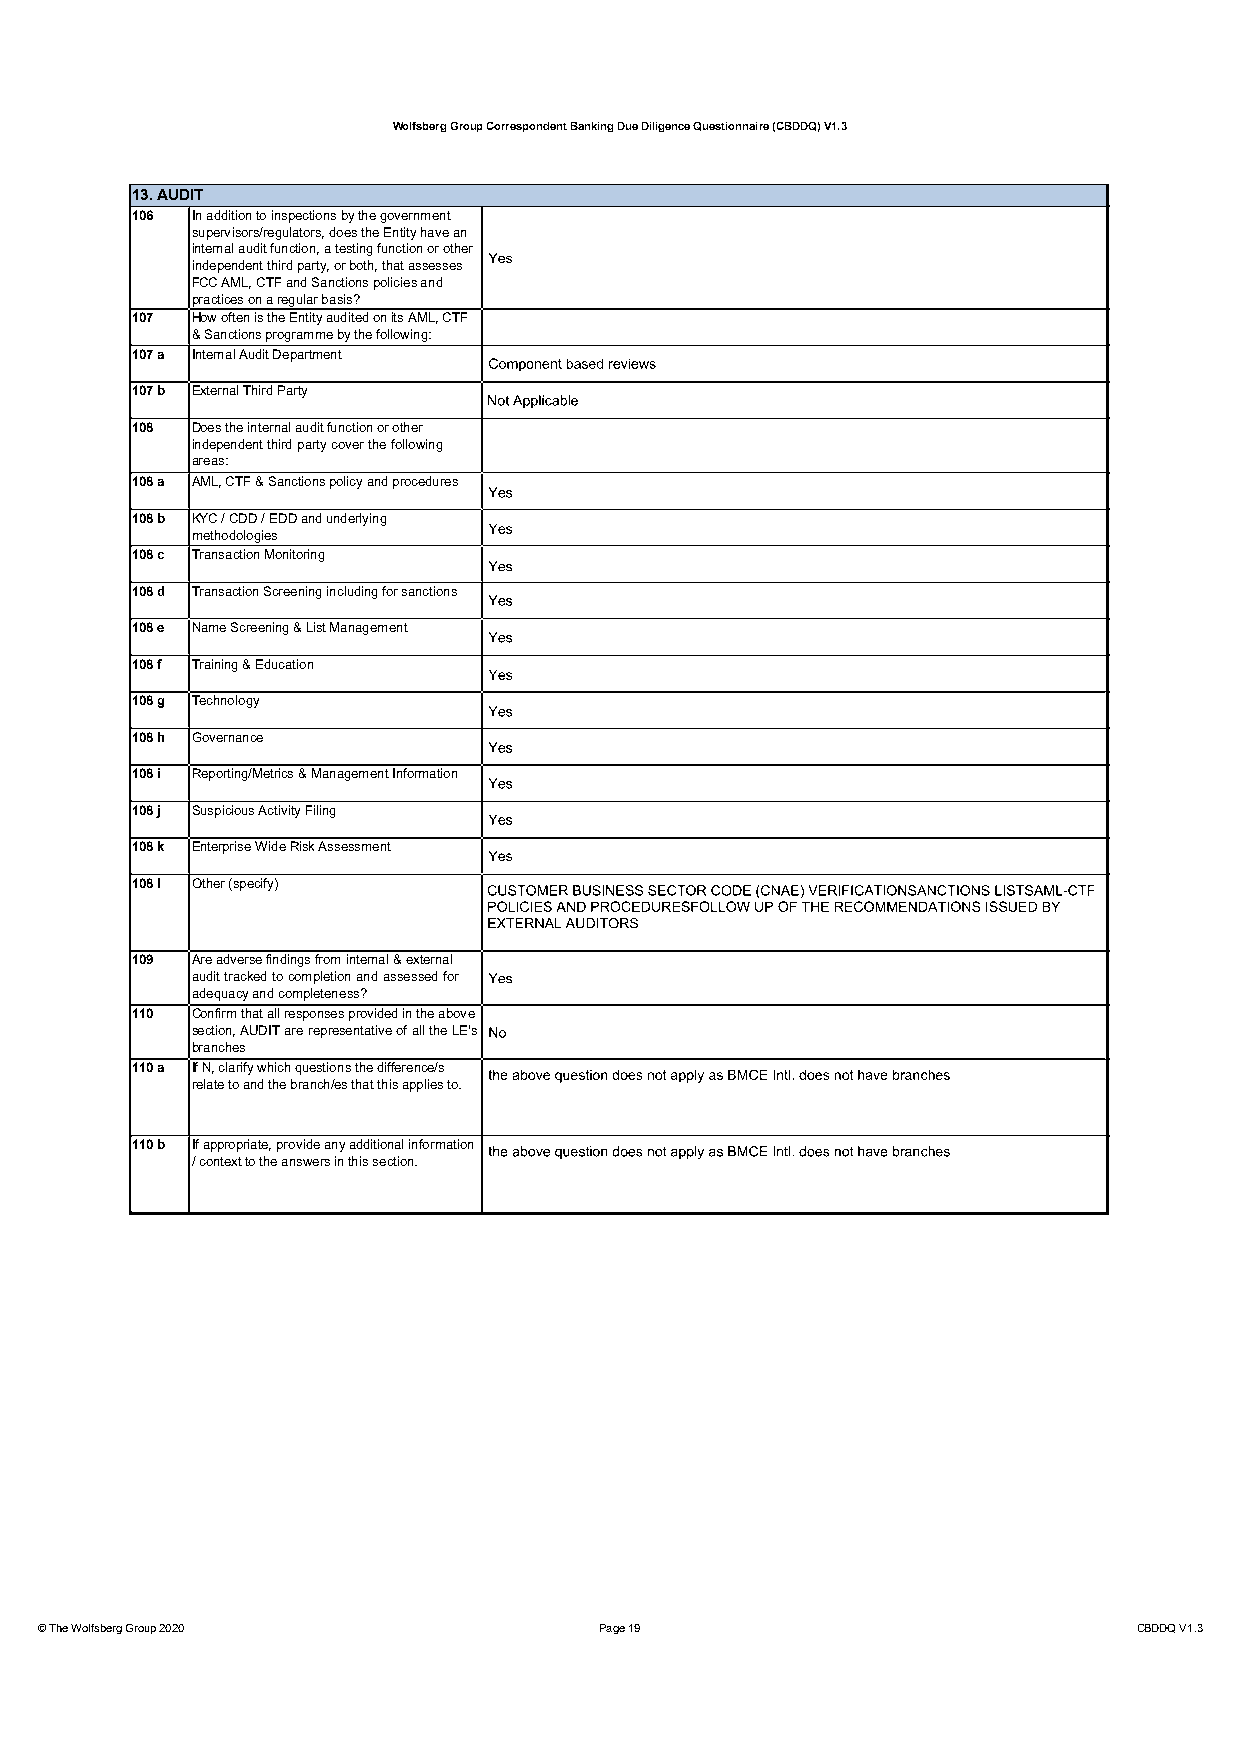
Wolfsberg Group Correspondent Banking Due Diligence Questionnaire (CBDDQ) V1.3
 13. AUDIT
 106 In addition to inspections by the government
 supervisors/regulators, does the Entity have an
 internal audit function, a testing function or other
 independent third party, or both, that assesses
 FCC AML, CTF and Sanctions policies and
 practices on a regular basis?
 107 How often is the Entity audited on its AML, CTF
 & Sanctions programme by the following:
 107 a Internal Audit Department
 107 b External Third Party
 108 Does the internal audit function or other
 independentthirdpartycoverthefollowing
 areas:
 108 a AML, CTF & Sanctions policy and procedures
 108 b KYC / CDD / EDD and underlying
 methodologies
 108 c Transaction Monitoring
 108 d Transaction Screening including for sanctions
 108 e Name Screening & List Management
 108 f Training & Education
 108 g Technology
 108 h Governance
 108 i Reporting/Metrics & Management Information
 108 j Suspicious Activity Filing
 108 k EnterpriseWide Risk Assessment
 108 l Other (specify)
 109 Are adverse findings from internal & external
 audittrackedtocompletionandassessedfor
 adequacy and completeness?
 110 Confirm that all responses provided in the above
 section,AUDITarerepresentativeofalltheLE's
 branches
 110 a If N, clarify which questions the difference/s
 relate to and the branch/es that this applies to.
 110 b If appropriate, provide any additional information
 / context to the answers in this section.
 © The Wolfsberg Group 2020            Page 19                            CBDDQ V1.3